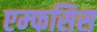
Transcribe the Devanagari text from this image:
एम्फसिस